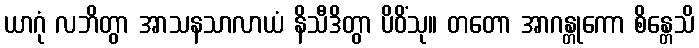
ယာဂုံ လဘိတွာ အာသနသာလာယံ နိသီဒိတွာ ပိဝိံသု။ တတော အာဂန္တုကော စိန္တေသိ